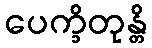
ပေက္ခိတုန္တိ